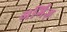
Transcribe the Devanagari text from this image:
अर्गिज़